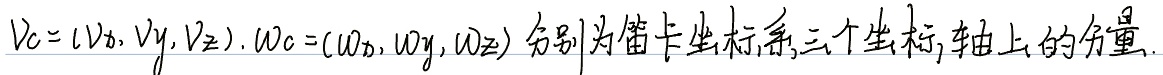
$\boldsymbol{v}_c=(v_x,v_y,v_z)$，$\boldsymbol{w}_c=(w_x,w_y,w_z)$分别为笛卡尔坐标系三个坐标轴上的分量。